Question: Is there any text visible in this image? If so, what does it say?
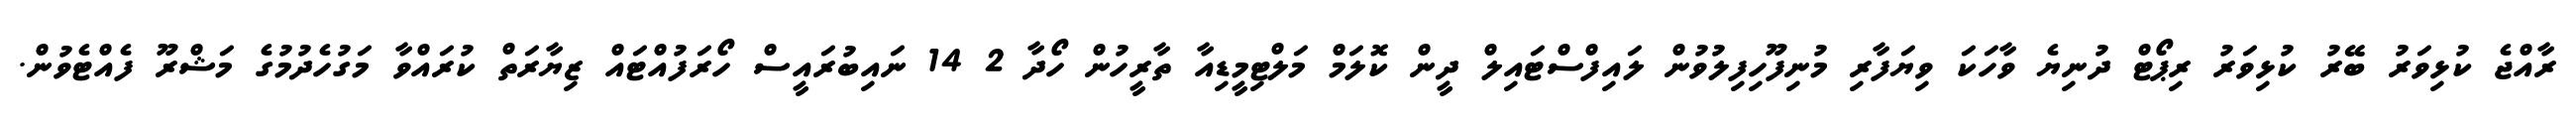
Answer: ރާއްޖެ ކުޅިވަރު ބޭރު ކުޅިވަރު ރިޕޯޓް ދުނިޔެ ވާހަކަ ވިޔަފާރި މުނިފޫހިފިލުވުން ލައިފްސްޓައިލް ދީން ކޮލަމް މަލްޓިމީޑިއާ ތާރީހުން ހޯދާ 2 14 ނައިބުރައީސް ހޯރަފުއްޓައް ޒިޔާރަތް ކުރައްވާ މަގުހެދުމުގެ މަޝްރޫ ފެއްޓެވުން.